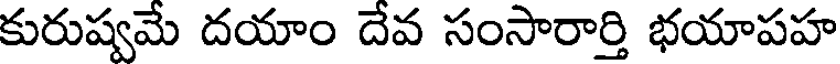
కురుష్వమే దయాం దేవ సంసారార్తి భయాపహ